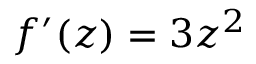
f ^ { \prime } ( z ) = 3 z ^ { 2 }